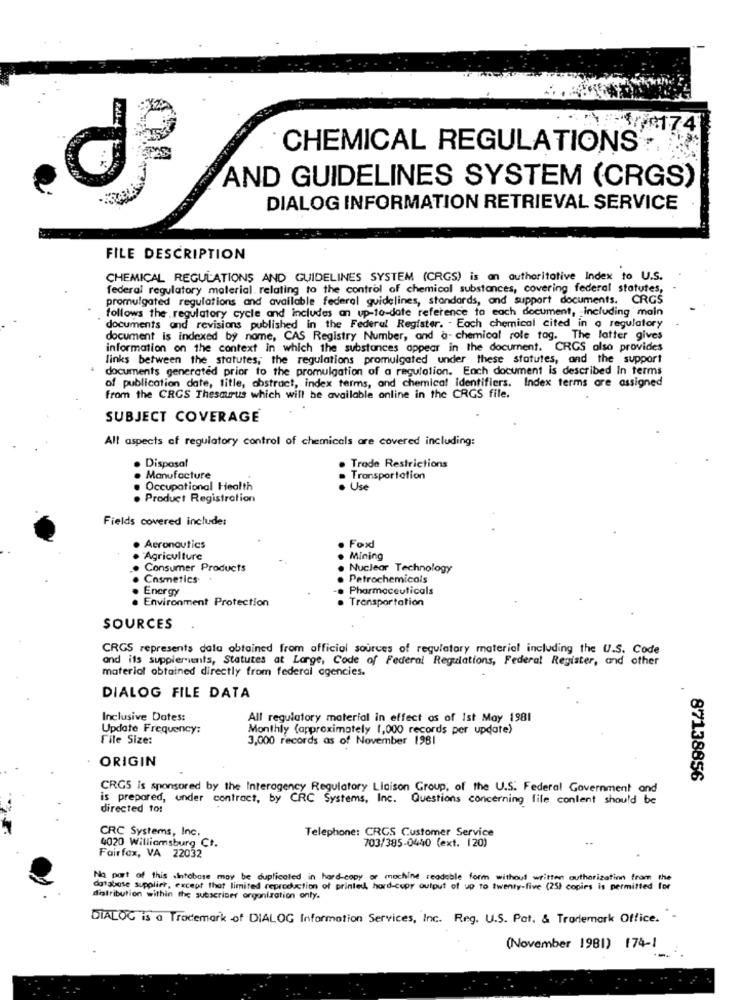
CHEMICAL REGULATIONS
AND GUIDELINES SYSTEM (CRGS)
DIALOG INFORMATION RETRIEVAL SERVICE
FILE DESCRIPTION
CHEMICAL REGULATIONS AND GUIDELINES SYSTEM (CRGS) is an authoritative Index to U.S.
federal regulatory material. relating to the control of chemical substances, covering federal statutes,
promulgated regulations and available federal guidelines, standards, and support documents. CRGS
follows the regulatory cycle and includes an up-to-date reference to each document, including main
documents and revisions published in the Federal Register. - Each chemical cited in o regulatory
document is indexed by name, CAS Registry Number, and a- chemical role tag. The latter gives
information on the context in which the substances appear in the document. CRGS also provides
links between the statutes; the regulations promulgated under these statutes, and the support
documents generated prior to the promulgation of a regulation. Each document is described In terms
of publication date, title, abstract, index terms, and chemical identifiers. Index terms are assigned
from the CRCS Thesaurus which will be available online in the CRGS file.
SUBJECT COVERAGE
All aspects of regulatory control of chemicals are covered including:
. Disposal
. Trode Restrictions
. Manufacture
Transportation
Occupational Health
Use
. Product Registration
Fields covered include:
. Aeronautics
. Fox!
"Agriculture
. Mining
Consumer Products
Nuclear Technology
Cosmetics
Petrochemicals
Energy
Pharmaceuticals
Environment Protection
Transportation
SOURCES
CRGS represents dala obtained from official sources of regulatory material including the U.S. Code
and its supplements, Statutes at Large, Code of Federal Regulations, Federal Register, and other
material obtained directly from federal agencies.
DIALOG FILE DATA
Inclusive Dates:
All regulatory material in effect os of Ist May 1981
Update Frequency:
Monthly (approximately (,000 records per update)
File Size:
3,000 records as of November 1981
ORIGIN
87138856
CRGS is sponsored by the Interagency Regulatory Liaison Group, of the U.S. Federal Government and
is prepared, under contract, by CRC Systems, Inc. Questions concerning file conlent should be
directed to:
CRC Systems, Inc.
Telephone: CRCS Customer Service
703/385-0440 (ext. 120)
4020 Williamsburg Ct.
Fairfax, VA 22032
No part of this .intobase may be duplicated in hard-copy or machine readable form without written authorization from the
database supplist, except that limited reproduction of printed, hard-copy output of up to twenty-five (25) copies is permitted
distribution within the subscriber organization only.
DIALOG is a Trademark of DIALOG Information Services, Inc. Reg. U.S. Pot. & Trademark Office. .
(November 1981) 174-1